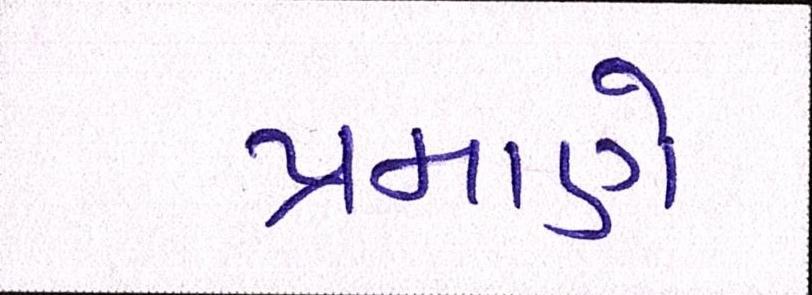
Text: પ્રમાણે